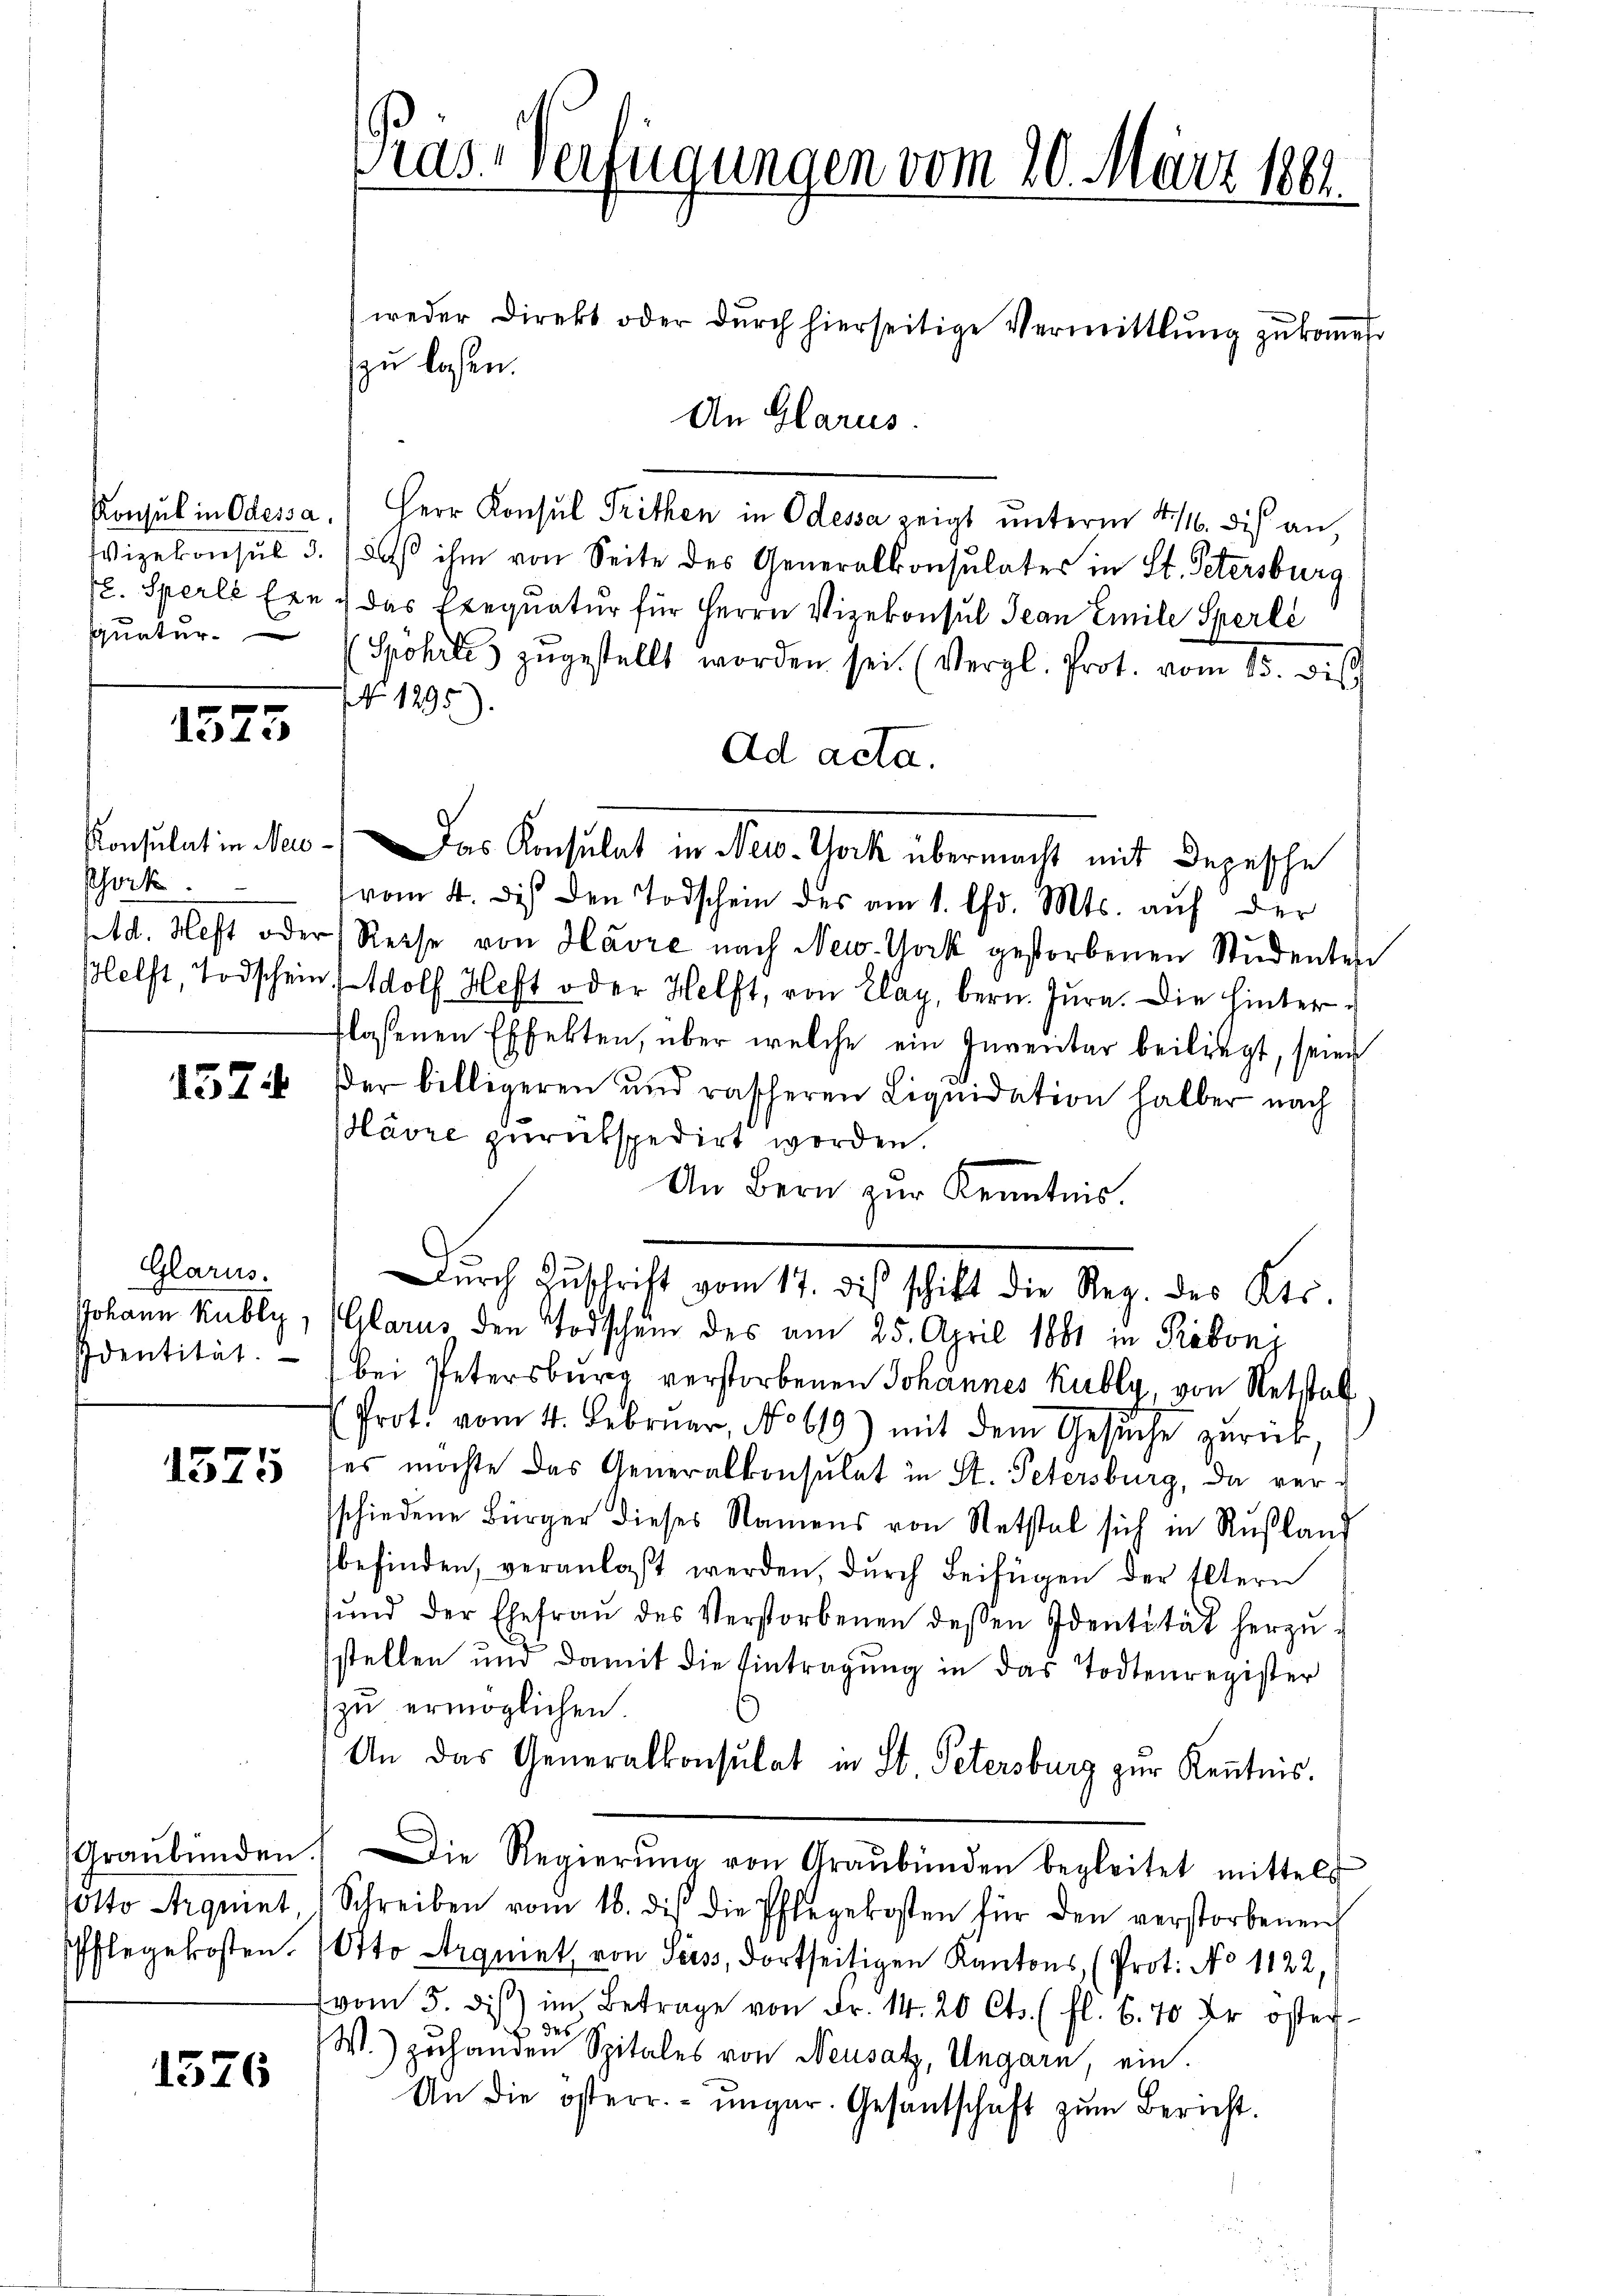
quatur.

1575

Schock.

1574

Glarus.
JJohann Kubli,
Identität.
.

1525

Graubünden.
sotto Arquint,
Pflegekosten.

1576

Pras-Verfügungen vom 20. März 1881

Konsul in Odessa, (Herr Konsul Trithen in Odessa zeigt unterm 4. dis an
Wizekonsul 3.) Daß ihm von Seite des Generalkonsulates in St. Petersburg
fl. Sperlé Ern & das Exequatur für Herrn Vizekonsul Jean Emile Sperle
(Spöhrte zugestellt worden sei. (Vergl. Prot. vom 15. dis
NNo. 1295).
Ad acta.
Konsulat in Neu - Das Konsulat in New-York übermacht mit Depesche
vom 4. des den Todschein des am 1. Chr. Mts. auf der
ptd. Heft oder Reise von Havre nach New York gestorbenen Studenten
plelft, Todschein Adolf Heft oder Helft, von Elay, bern. Jŭra. Die hinter-
flassenen Effekten, über welche ein Inventar beiliegt, seien
ßer billigeren und rascheren Liquidation halber nach
Havre zurückspedirt worden.
An Bern zur Kenntnis.
Dŭrch Zŭschrift vom 17. die schikt die Reg. des Kts.
Glarus den Todschein des am 25. April 1881 in Pribony
bei Petersburg verstorbenen Johannes Kubly, von Retstal
Prot. vom 4. Februar, No 619) mit dem Gesŭche zurück,
es möchte das Generalkonsulat in St. Petersburg, da versschiedene Bürger dieses Namens von Retstel sich in Rußland
befinden, veranlaßt werden, durch Beifügen der Eltern
ŭnd der Ehefraŭ des Verstorbenen dessen Identität herzŭ-
stellen und damit die Eintragung in das Todtenregister
zu ermöglichen.
An das Generalkonsulat in St. Petersburg zŭr Kenntnis.
Die Regierŭng von Graubünden begleitet mittels
Schreiben vom 18. dis die Pflegekosten für den verstorbenen
Otto Arquet von Pers, dortseitigen Kantons, (Prot. No 1122,
vom 5. diβ im Betrage von Fr. 14. 20 Cts. (fl. 6. 70 Xr öster
2 des
W.) zuhanden Spitales von Neusatz, Ungarn, ein.
An die österr. ungar. Gesantschaft zŭm Bericht.

zu laßen.

An Glarus.

weder Direkt oder dŭrch hierseitige Vermittlung zukommen